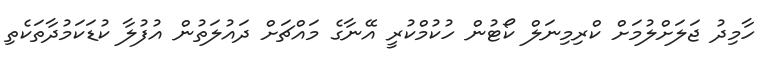
ހާމިދު ޖަލަށްލުމަށް ކްރިމިނަލް ކޯޓުން ހުކުމްކުރީ އޭނާގެ މައްޗަށް ދައުލަތުން އުފުލާ ކުޑަކަމުދާތަކެތި